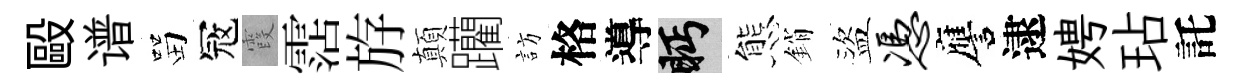
毆谱㽞冦霞霑斿顛躪訪格導眄態銷盜凭譍逮娉玷託